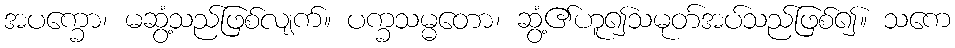
အပက္ခော၊ မဆွံ့သည်ဖြစ်လျက်။ ပက္ခသမ္မတော၊ ဆွံ့၏ဟူ၍သမုတ်အပ်သည်ဖြစ်၍။ သကေ